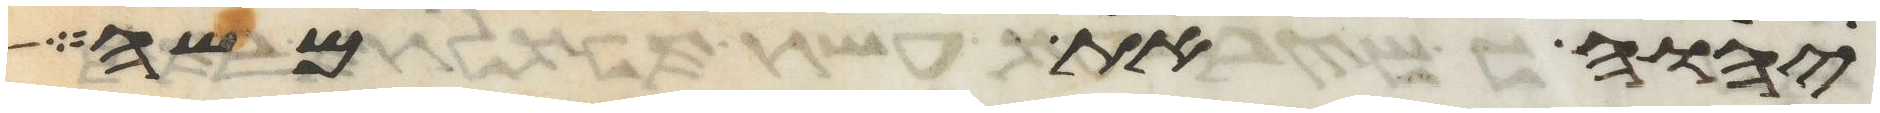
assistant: יהוה את משה